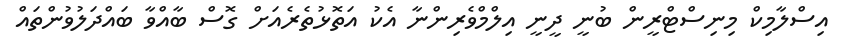
އިސްލާމިކް މިނިސްޓްރީން ބުނީ ދީނީ އިލްމްވެރިންނާ އެކު އަތޮޅުތެރެއަށް ގޮސް ބާއްވާ ބައްދަލުވުންތައް